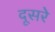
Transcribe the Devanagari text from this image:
दूसरेे